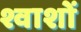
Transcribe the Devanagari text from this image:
श्वाशों